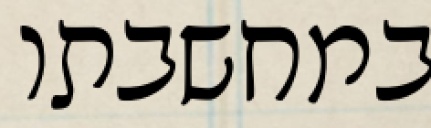
במחשבתו